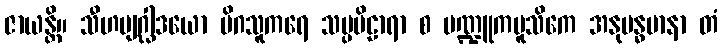
ဇာယန္တိ။ သီဟဗျဂ္ဃါဒယော မိဂသူကရေ သပ္ပဗိဠာရာ စ မဏ္ဍူကမူသိကေ အနုဗန္ဓမာနာ တံ